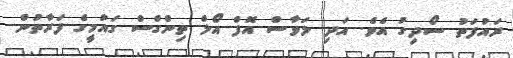
ރައުފަތު ސޯދިގު އެވެ. އަދި ލަވާސް އޮފް އޯލް ތިންގްސް ގައުމީގެ ފަރާތުން